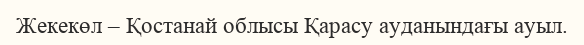
Жекекөл – Қостанай облысы Қарасу ауданындағы ауыл.